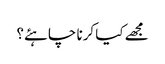
مجھے کیا کرنا چاہئے؟